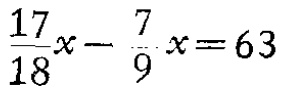
$\frac{17}{18}x - \frac{7}{9}x = 63$